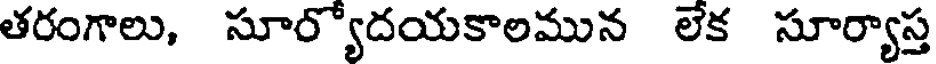
తరంగాలు, సూర్యోదయకాలమున లేక సూర్యాస్త